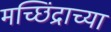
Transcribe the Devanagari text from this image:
मच्छिंद्राच्या